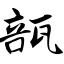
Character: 瓿